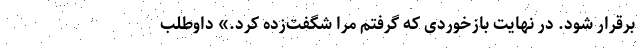
برقرار شود. در نهایت بازخوردی که گرفتم مرا شگفت‌زده کرد.» داوطلب